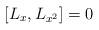
LaTeX: \begin{align*}[L_x,L_{x^2}]=0\end{align*}